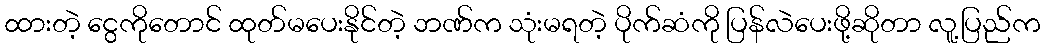
ထားတဲ့ ငွေကိုတောင် ထုတ်မပေးနိုင်တဲ့ ဘဏ်က သုံးမရတဲ့ ပိုက်ဆံကို ပြန်လဲပေးဖို့ဆိုတာ လူ့ပြည်က